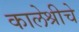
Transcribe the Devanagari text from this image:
कालेश्रीचे